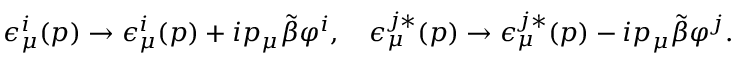
\epsilon _ { \mu } ^ { i } ( p ) \rightarrow \epsilon _ { \mu } ^ { i } ( p ) + i p _ { \mu } \tilde { \beta } \varphi ^ { i } , \quad \epsilon _ { \mu } ^ { j * } ( p ) \rightarrow \epsilon _ { \mu } ^ { j * } ( p ) - i p _ { \mu } \tilde { \beta } \varphi ^ { j } .